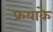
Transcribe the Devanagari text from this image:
फ्रयाके